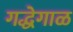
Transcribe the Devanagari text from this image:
गद्धेगाळ